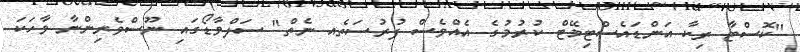
"ކޮސްޓާ ރިކާ އަންޑައެސްޓިމޭޓް ކުރުމުގެ އެއްވެސް ފުރުސަތެއ ނެތް" ސަލްވާޑޯގައި ނޫސްވެރިންނާ ވާހަކަ